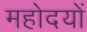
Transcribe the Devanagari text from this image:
महोदयों